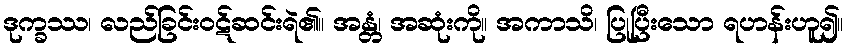
ဒုက္ခဿ၊ လည်ခြင်းဝဋ်ဆင်းရဲ၏။ အန္တံ၊ အဆုံးကို။ အကာသိ၊ ပြုပြီးသော ရဟန်းဟူ၍။